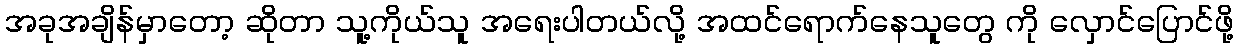
အခုအချိန်မှာတော့ ဆိုတာ သူ့ကိုယ်သူ အရေးပါတယ်လို့ အထင်ရောက်နေသူတွေ ကို လှောင်ပြောင်ဖို့